Annual vaccination report of Bihar and Orissa - 1911-1928
Year: 1911
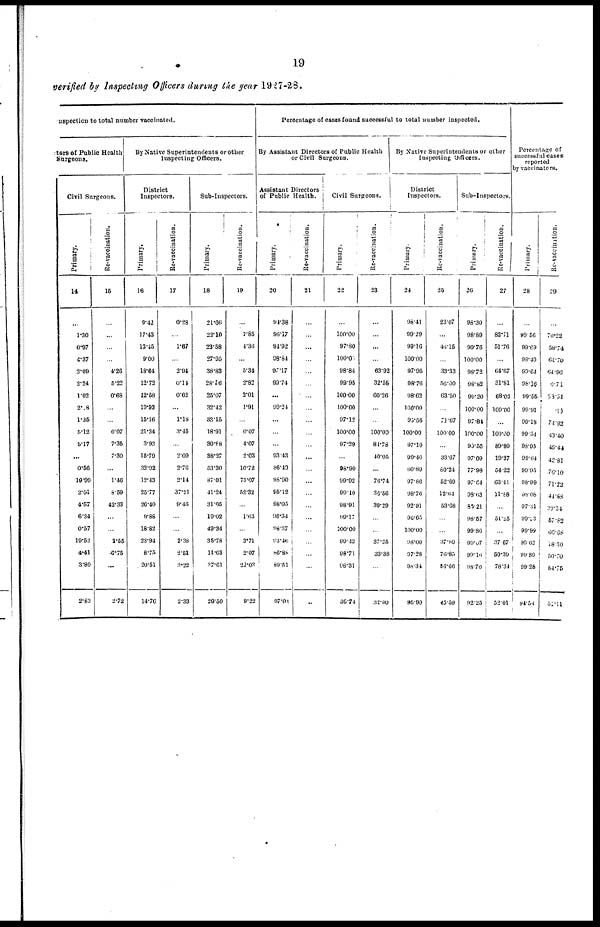
19
verified by Inspecting Officers during the year 1927-28.
nspection to total number vaccinated.
tors of Public Health
Surgeons.
Civil Surgeons.
Primary.
14
...
1.30
0.97
4.37
2.09
2.24
1.02
20.8
1.35
5.12
5.17
...
0.56
19.99
2.01
4.57
6.34
0.57
19.52
4.41
3.80
2.83
Re-vaccination.
15
...
...
...
...
4.26
5.22
0.68
...
...
0.07
7.35
7.30
...
1.46
8.59
42.33
...
...
3.55
6.75
...
2.72
By Native Superintendents or other
Inspecting Officers.
District
Inspectors.
Primary.
16
9.42
17.43
13.45
9.00
18.64
12.72
12.58
19.92
15.16
21.34
3.93
15.79
32.92
12.43
25.77
26.40
9.88
18.82
23.94
8.75
20.51
14.76
Re-vaccination.
17
0.28
...
1.67
...
2.94
0.14
0.62
...
1.18
3.45
...
2.09
2.76
2.14
37.21
9.46
...
...
2.38
2.51
3.22
2.33
Sub-Inspectors.
Primary.
18
21.66
22.10
23.58
27.95
38.83
28.16
25.07
32.42
33.15
18.01
30.88
38.27
53.30
87.01
41.24
31.05
19.02
49.34
35.78
11.63
37.61
29.50
Re-vaccination.
19
...
7.85
1.36
...
5.34
2.82
2.01
1.91
...
0.07
4.07
2.03
10.72
75.07
52.32
...
1.63
...
3.71
2.07
22.03
9.22
Percentage of cases found successful to total number inspected.
By Assistant Directors of Public Health
or Civil Surgeons.
Assistant Directors
of Public Health.
Primary.
20
94.38
96.17
94.92
98.84
90.17
99.74
...
99.24
...
...
...
93.43
86.40
98.90
95.12
98.05
96.34
98.57
93.46
86.88
89.51
97.04
Re-vaccination.
21
...
...
...
...
...
...
...
...
...
...
...
...
...
...
...
...
...
...
...
...
...
...
Civil Surgeons.
Primary.
22
...
100.00
97.80
100.00
98.84
99.95
100.00
100.00
97.12
100.00
97.29
...
98.90
99.92
99.10
98.91
99.17
100.00
99.43
98.71
98.31
89.74
Re-vaccination.
23
...
...
...
...
63.92
32.56
60.26
...
...
100.00
81.78
40.05
...
76.74
36.56
30.29
...
...
37.25
33.38
...
32.90
By Native Superintendents or other
Inspecting Officers.
District
Inspectors.
Primary.
24
98.41
99.29
99.16
100.00
97.95
98.76
98.62
100.00
95.56
100.00
97.10
99.46
60.89
97.86
98.76
92.91
96.65
100.00
98. 00
97.28
98.34
95.90
Re-vaccination.
25
23.07
...
46.15
...
33.33
56.00
63.50
...
70.67
100.00
...
33.67
80.24
52.69
12.64
53.68
...
...
37.80
76.85
56.66
45.59
Sub-Inspectors.
Primary.
26
98.30
98.89
90.76
100.00
98.72
98.82
99.20
100.00
97.84
100.00
99.55
97.09
77.98
97.64
98.63
85.21
98.57
99.86
99.07
99.16
98.70
92.25
Re-vaccination.
27
...
82.71
51.76
...
64.67
31.81
68.02
100.00
...
100.00
89.80
19.37
54.22
63.41
11.88
...
51.25
...
37.67
50.39
78.34
52.01
Percentage of
successful cases
reported
by vaccinators.
Primary.
28
...
99.56
99.69
99.40
99.64
98.16
99.55
99.91
99.18
99.34
98.95
99.64
99.95
98.99
98.08
97.31
99.23
99.99
99.62
99.89
99.28
94.54
Re-vaccination.
29
...
70.22
58.74
64.70
64.96
6.71
53.51
.00
74.92
43.40
45.44
42.81
76.10
71.22
44.88
30.34
57.82
66.68
18.30
50.70
54.75
51.11